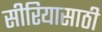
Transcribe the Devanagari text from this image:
सीरियासाठी